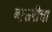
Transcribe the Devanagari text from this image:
बासरीचा